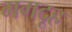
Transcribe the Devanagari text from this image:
ममदूह